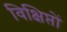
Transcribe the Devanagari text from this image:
विक्षिप्तों